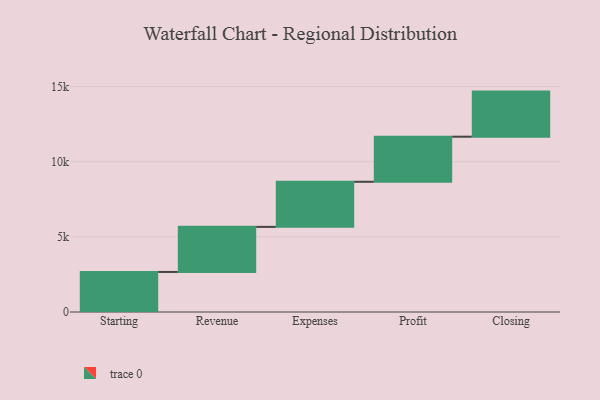
{"axis": {"x": "Step", "y": "Value"}, "legend": [""], "data": [{"x": "Starting", "y": 2664.0, "type": ""}, {"x": "Revenue", "y": 3000, "type": ""}, {"x": "Expenses", "y": 3000, "type": ""}, {"x": "Profit", "y": 3000, "type": ""}, {"x": "Closing", "y": 3000, "type": ""}]}